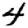
Digit: 4